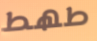
طھط